Annual administration and progress report of the Indian Medical Department, Bombay
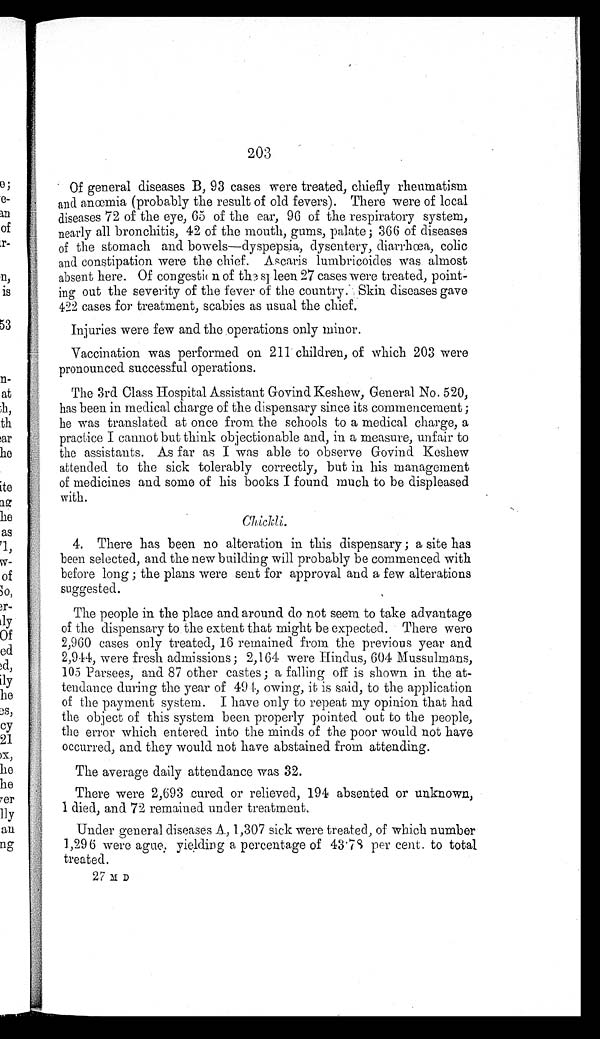
203
Of general diseases B, 93 cases were treated, chiefly rheumatism
and anœmia (probably the result of old fevers). There were of local
diseases 72 of the eye, 65 of the ear, 96 of the respiratory system,
nearly all bronchitis, 42 of the mouth, gums, palate; 366 of diseases
of the stomach and bowels—dyspepsia, dysentery, diarrhœa, colic
and constipation were the chief. Ascaris lumbricoides was almost
absent here. Of congestion of the spleen 27 cases were treated, point
-ing out the severity of the fever of the country. Skin diseases gave
422 cases for treatment, scabies as usual the chief.
Injuries were few and the operations only minor.
Vaccination was performed on 211 children, of which 203 were
pronounced successful operations.
The 3rd Class Hospital Assistant Govind Keshew, General. No. 520,
has been in medical charge of the dispensary since its commencement;
he was translated at once from the schools to a medical charge, a
practice I cannot but think objectionable and, in a measure, unfair to
the assistants. As far as I was able to observe Govind Keshew
attended to the sick tolerably correctly, but in his management
of medicines and some of his books I found much to be displeased
with.
Chickli.
4. There has been no alteration in this dispensary; a site has
been selected, and the new building will probably be commenced with
before long; the plans were sent for approval and a few alterations
s u g g e s t e d .
The people in the place and around do not seem to take advantage
of the dispensary to the extent that might be expected. There were
2,960 cases only treated, 16 remained from the previous year and
2,944, were fresh admissions; 2,164 were Hindus, 604 Mussulmans,
105 Parsees, and 87 other castes; a falling off is shown in the at
-tendance during the year of 494, owing, it is said, to the application
of the payment system. I have only to repeat my opinion that had
the object of this system been properly pointed out to the people,
the error which entered into the minds of the poor would not have
occurred, and they would not have abstained from attending.
The average daily attendance was 32.
There were 2,693 cured or relieved, 194 absented or unknown,
I died, and 72 remained under treatment.
Under general diseases A, 1,307 sick were treated, of which number
1,296 were ague yielding a percentage of 43.78 per cent. to total
treated.
27 M D